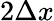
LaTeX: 2\Delta x